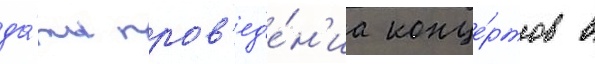
да́ты пров'ед'е́н'иа конце́ртов в